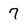
Character: 7